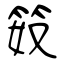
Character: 笯